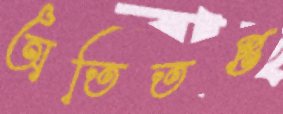
অতিতপ্ত